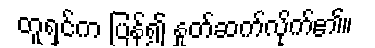
တူရှင်က ပြန်၍ နှုတ်ဆက်လိုက်၏။